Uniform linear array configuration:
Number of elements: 16
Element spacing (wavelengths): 0.75
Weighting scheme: hann
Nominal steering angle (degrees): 45
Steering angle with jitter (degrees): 45.379
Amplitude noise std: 0.05
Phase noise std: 0.05

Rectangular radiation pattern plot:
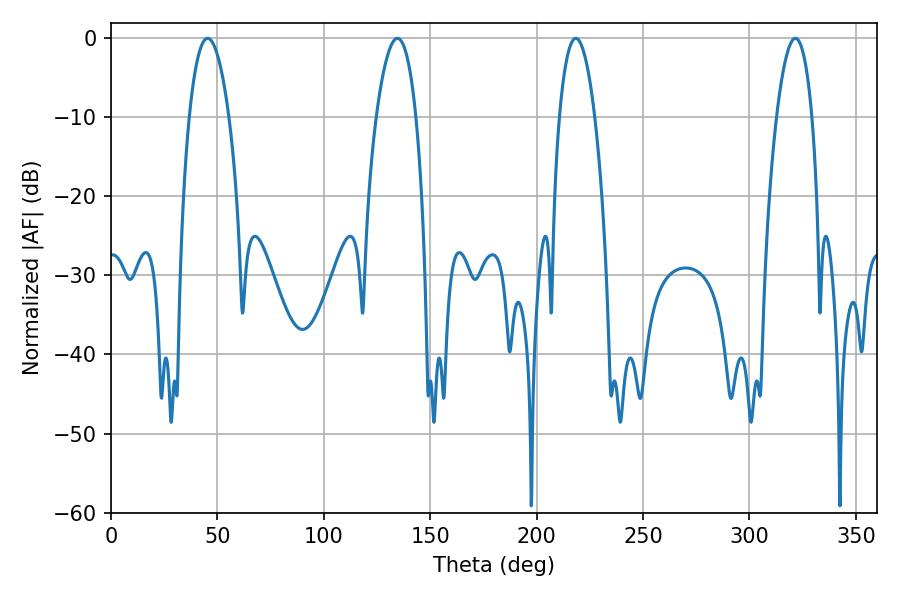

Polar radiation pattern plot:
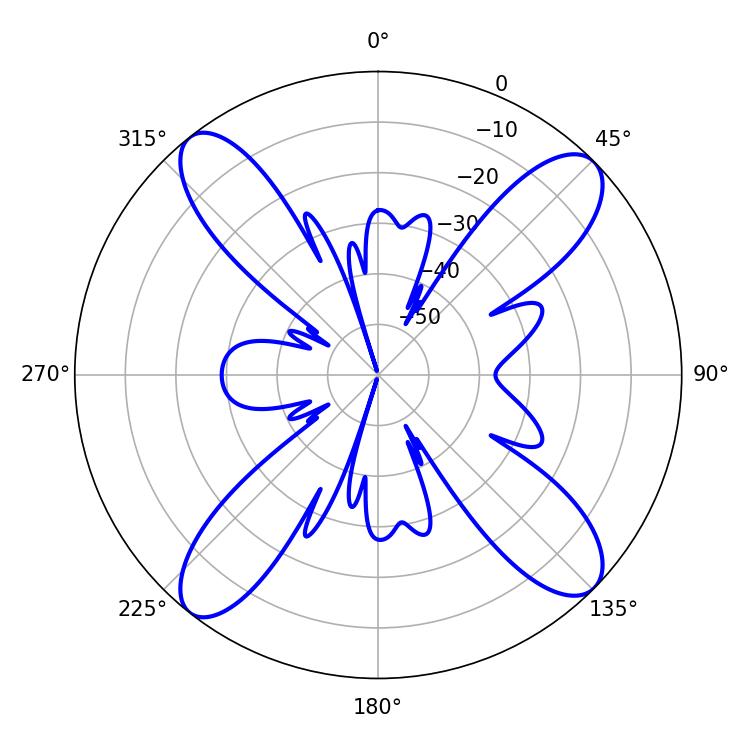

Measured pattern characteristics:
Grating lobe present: TRUE
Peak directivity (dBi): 15.146
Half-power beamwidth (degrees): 10.26
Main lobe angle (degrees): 45.36